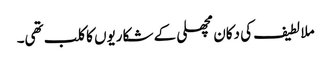
ملا لطیف کی دکان مچھلی کے شکاریوں کا کلب تھی۔